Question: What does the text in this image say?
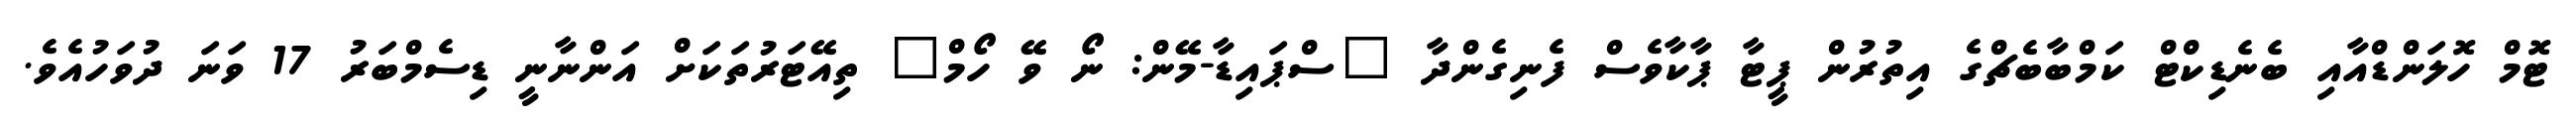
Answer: ޓޮމް ހޮލަންޑްއާއި ބެނެޑިކްޓް ކަމްބާބެޗްގެ އިތުރުން ޕީޓާ ޕާކާވެސް ފެނިގެންދާ "ސްޕައިޑާ-މޭން: ނޯ ވޭ ހޯމް" ތިއޭޓަރުތަކަށް އަންނާނީ ޑިސެމްބަރު 17 ވަނަ ދުވަހުއެވެ.